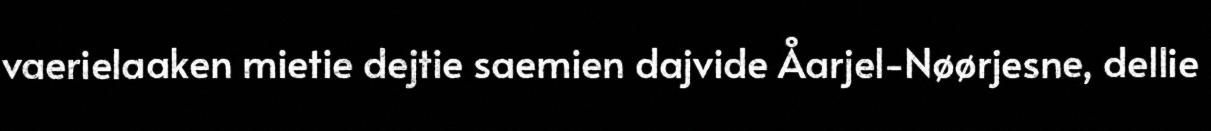
vaerielaaken mietie dejtie saemien dajvide Åarjel-Nøørjesne, dellie